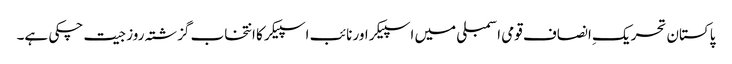
پاکستان تحریکِ انصاف قومی اسمبلی میں اسپیکر اور نائب اسپیکر کا انتخاب گزشتہ روز جیت چکی ہے۔